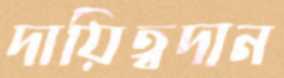
দায়িত্বদান